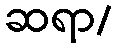
ဆရာ/